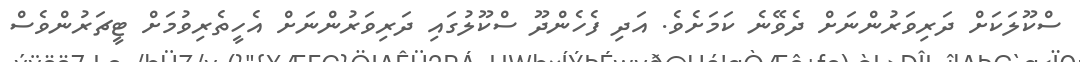
ސްކޫލަކަށް ދަރިވަރުންނަށް ދެވޭނެ ކަމަށެވެ. އަދި ފެހެންދޫ ސްކޫލުގައި ދަރިވަރުންނަށް އެހީތެރިވުމަށް ޓީޗަރުންވެސް